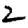
Digit: 2